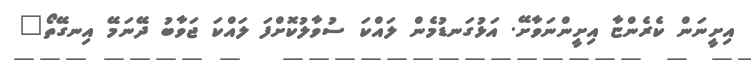
އިށީނަން ކެރެންޏާ އިށީންނަވާށޭ. އަޅުގަނޑުމެން ލައްކަ ސުވާލުކޮށްފަ ލައްކަ ޖަވާބު ދޭނަމޭ އިނގޭތޯ"